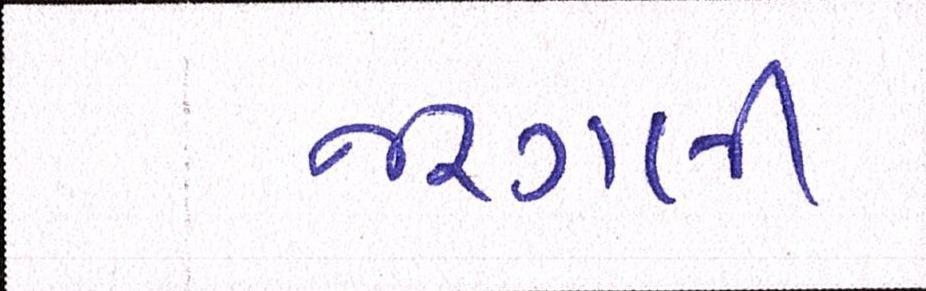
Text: જરગલી